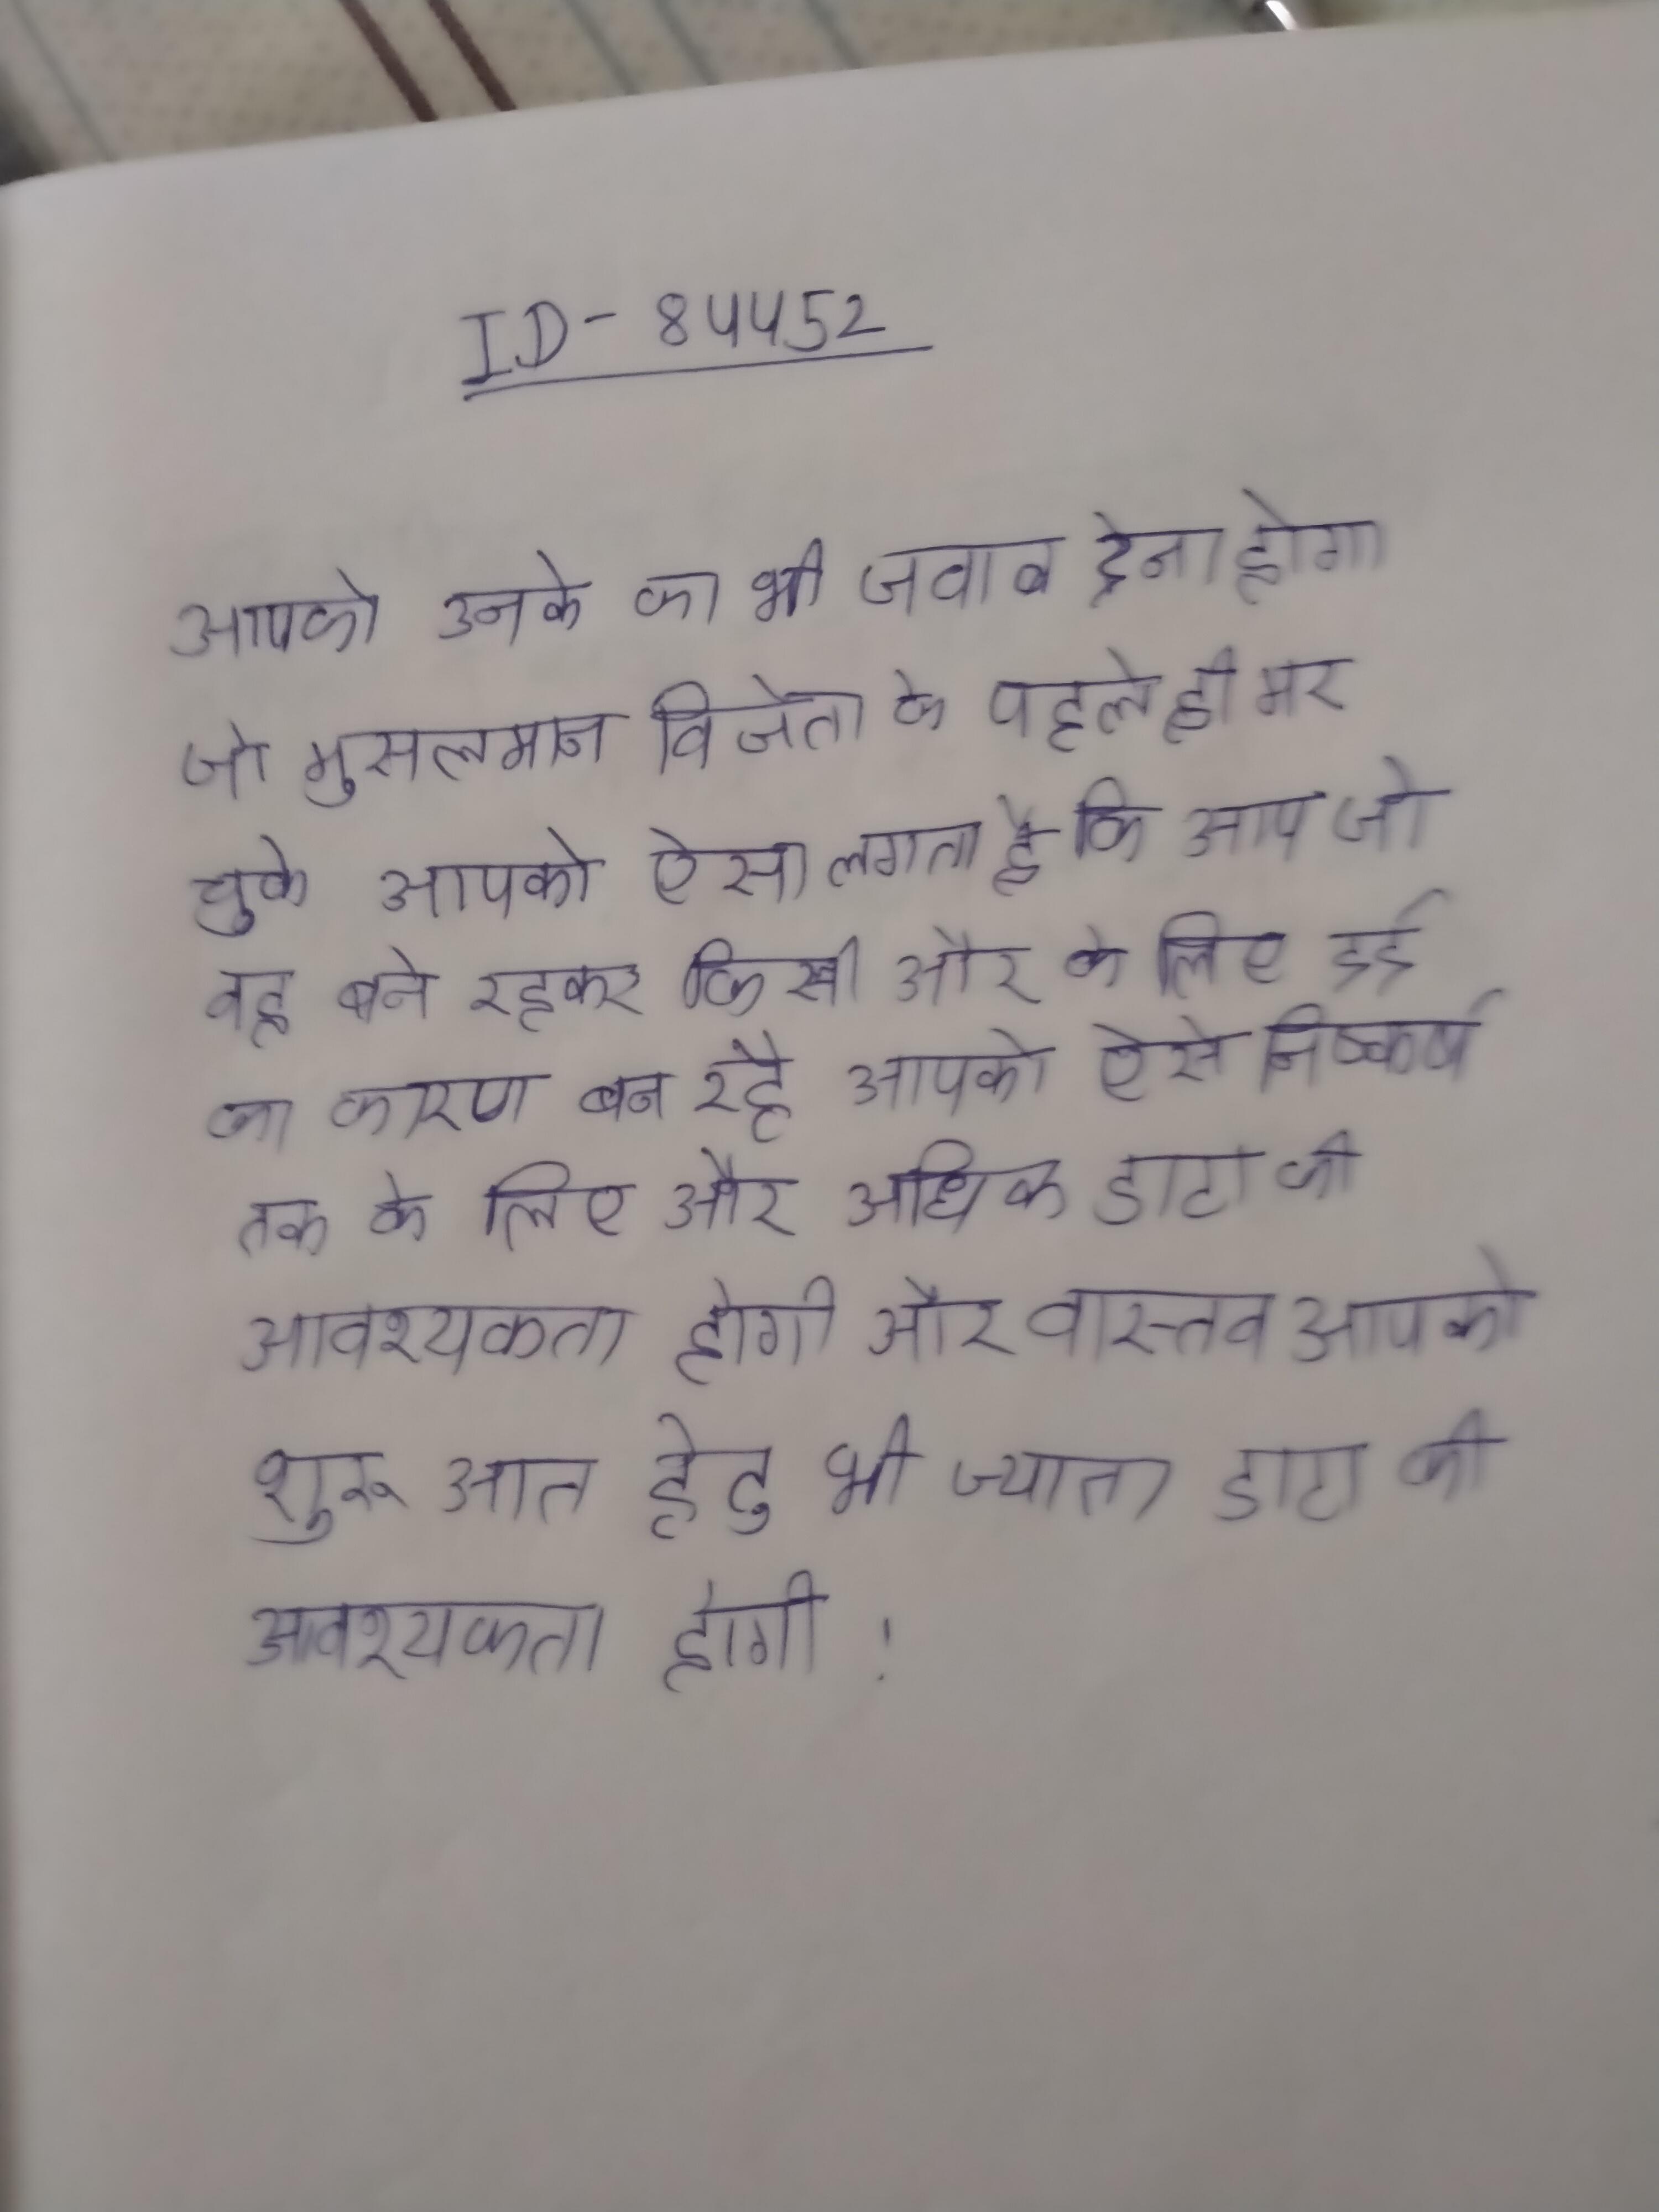
आपको उनके का भी जवाब देना होगा जो मुसलमान विजेता के पहले ही मर चुके । आपको ऐसा लगता है कि आप जो वह बने रहकर किसी और के लिए दर्द का कारण बन रहे आपको ऐसे निष्कर्ष तक के लिए और अधिक डाटा की आवश्यकता होगी (और वास्तव आपको शुरुआत हेतु भी ज्यादा डाटा की आवश्यकता होगी) ।